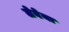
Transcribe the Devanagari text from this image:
लेबेया